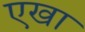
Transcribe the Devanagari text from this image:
एखा